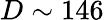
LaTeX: D\sim 146